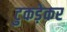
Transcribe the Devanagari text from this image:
टुकड़ेकर